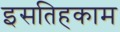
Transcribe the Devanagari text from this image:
इसतिहकाम